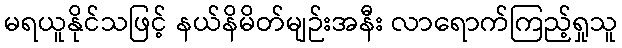
မရယူနိုင်သဖြင့် နယ်နိမိတ်မျဉ်းအနီး လာရောက်ကြည့်ရှုသူ